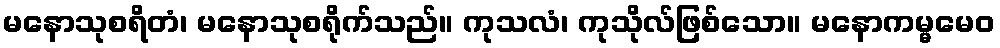
မနောသုစရိတံ၊ မနောသုစရိုက်သည်။ ကုသလံ၊ ကုသိုလ်ဖြစ်သော။ မနောကမ္မမေဝ